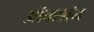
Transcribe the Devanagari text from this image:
ऑक्सॉन